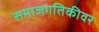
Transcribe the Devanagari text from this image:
समाजगतिकीवर